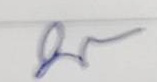
บ